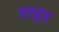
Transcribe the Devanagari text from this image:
शाहूच